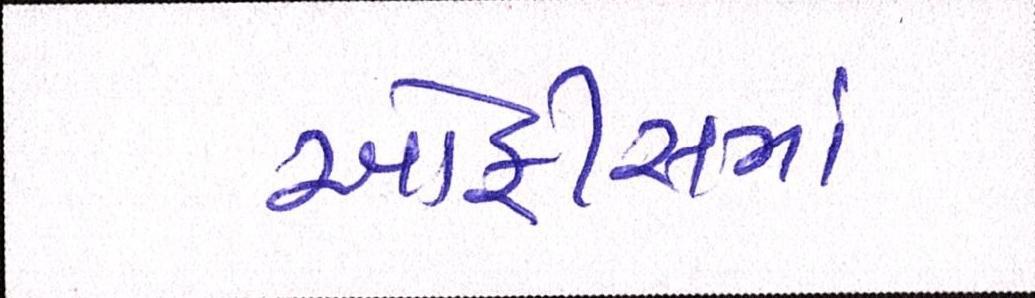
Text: ઓફીસમાં